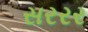
સરરર